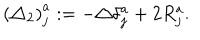
\left( \triangle _ { 2 } \right) _ { j } ^ { a } : = - \triangle \delta _ { j } ^ { a } + 2 R _ { j } ^ { a } .